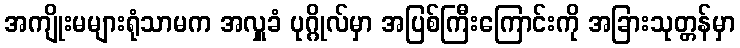
အကျိုးမများရုံသာမက အလှူခံ ပုဂ္ဂိုလ်မှာ အပြစ်ကြီးကြောင်းကို အခြားသုတ္တန်မှာ